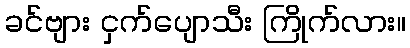
ခင်ဗျား ငှက်ပျောသီး ကြိုက်လား။